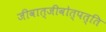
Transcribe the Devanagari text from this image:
जीवात्जीवोत्पत्ति